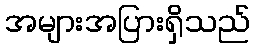
အများအပြားရှိသည်